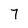
Character: 7